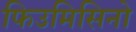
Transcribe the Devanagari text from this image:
फिउमिसिनो